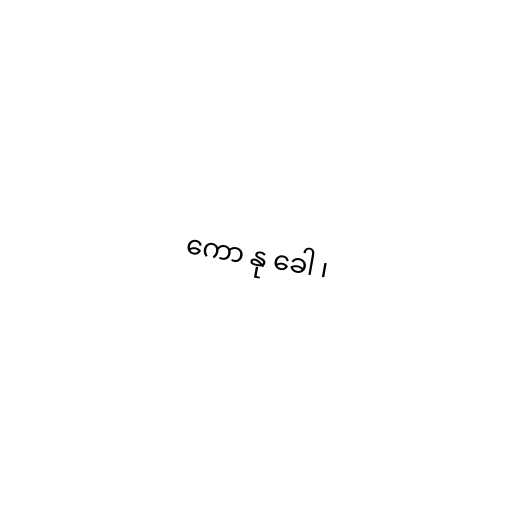
ကော နု ခေါ ၊